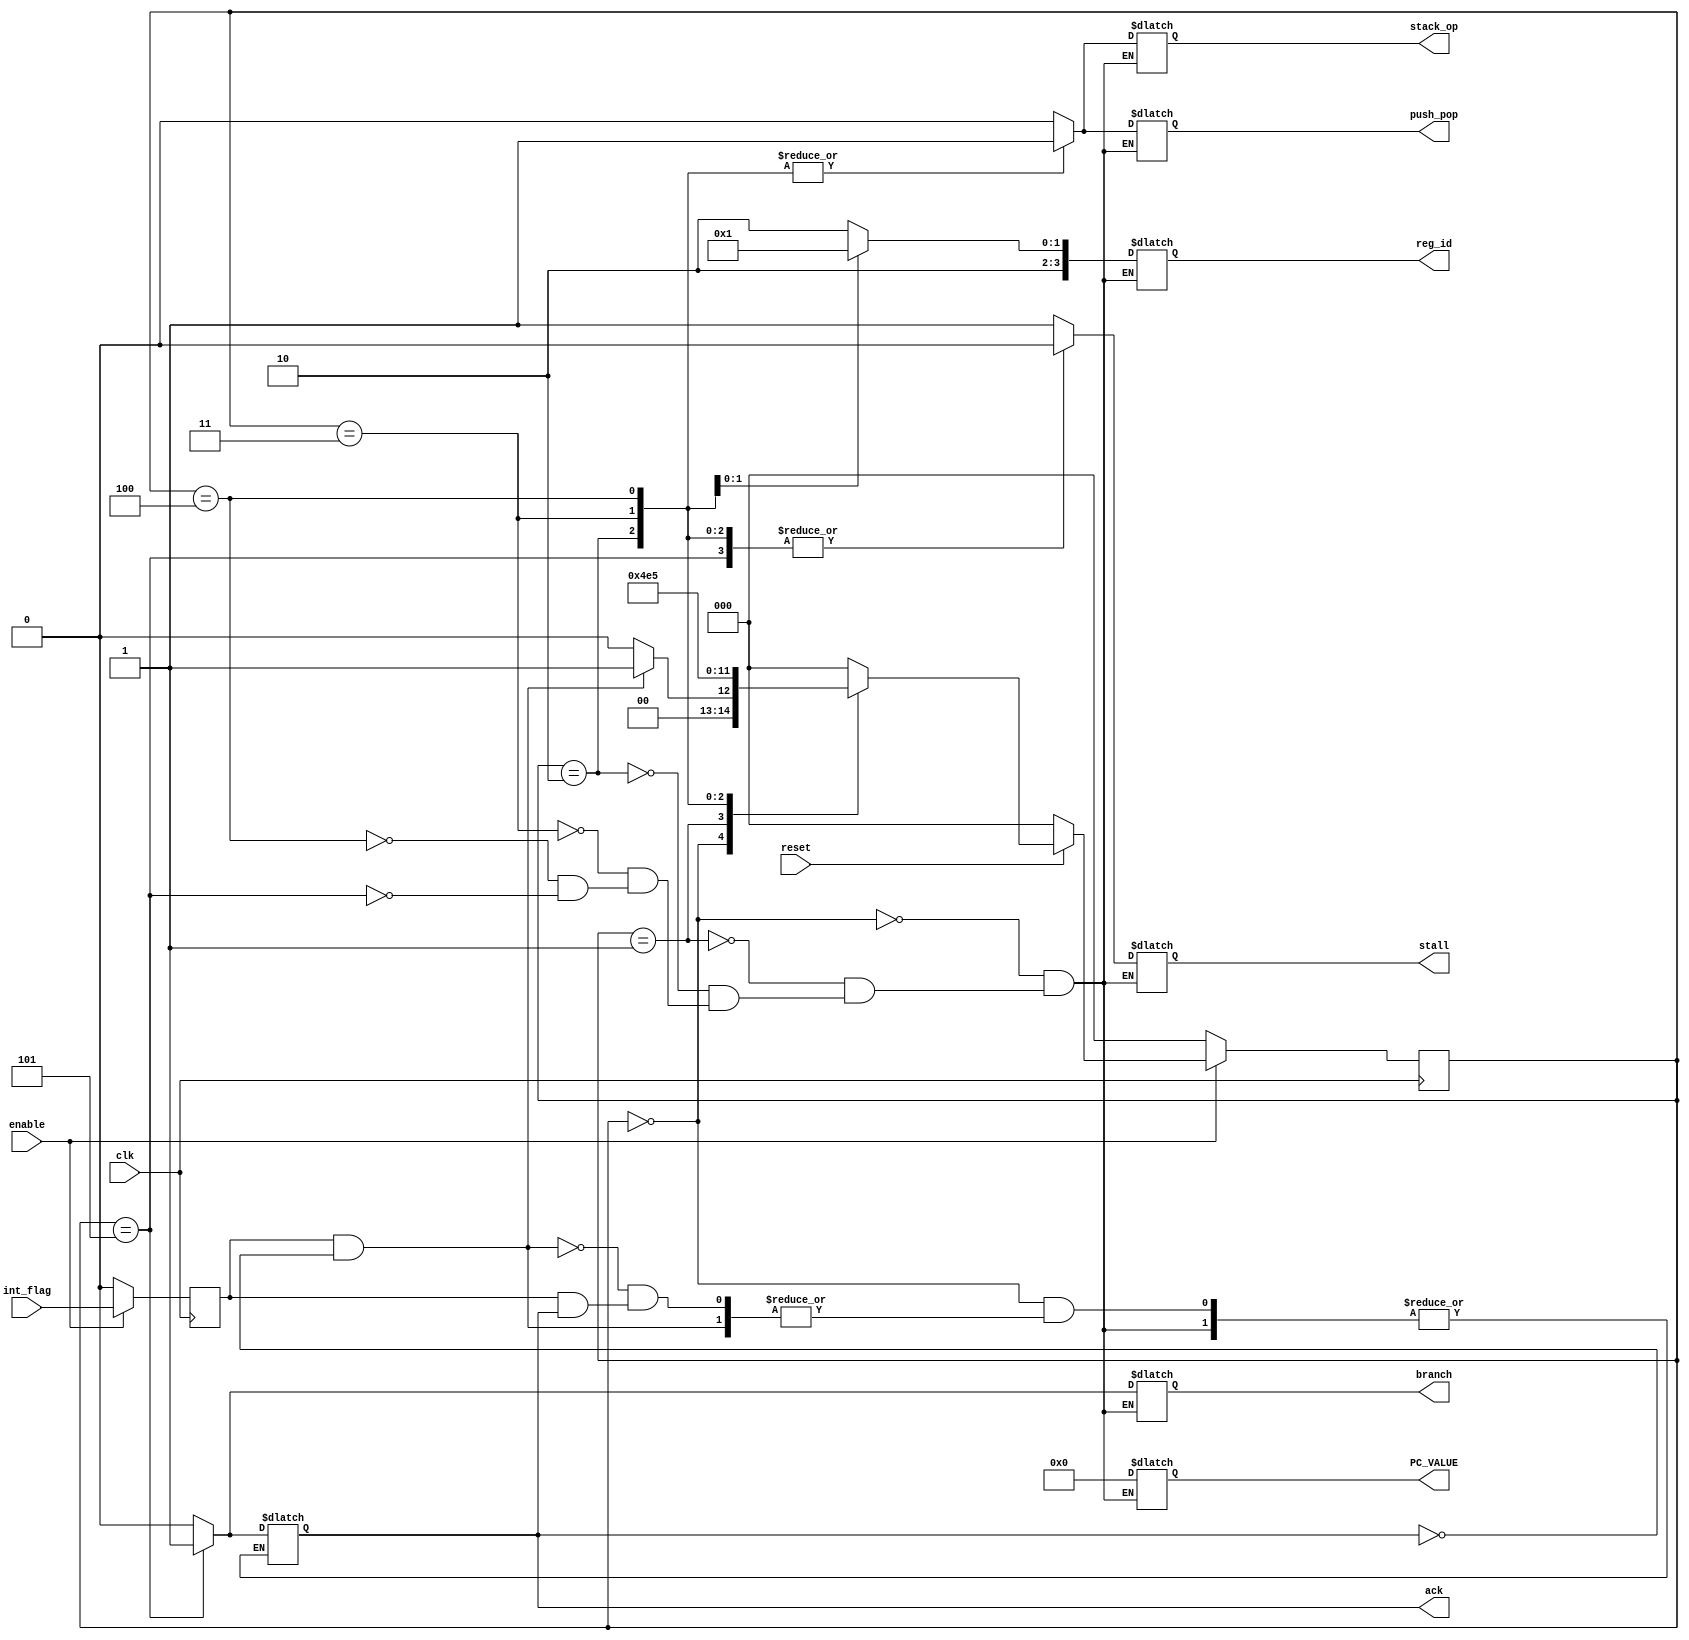
module ICU(int_flag, ack, stall, reg_id, stack_op, push_pop, branch, PC_VALUE, clk, enable, reset);

localparam NUM_STATES = 6;

localparam IDLE_STATE = 3'd0;
localparam STALL_1_STATE = 3'd1;
localparam PUSH_CCR_STATE = 3'd2;
localparam PUSH_PCL_STATE = 3'd3;
localparam PUSH_PCH_STATE = 3'd4;
localparam PC_CHANGE_STATE = 3'd5;

localparam PCL_ID = 8;
localparam PCH_ID = 9;
localparam CCR_ID = 10;

input int_flag;
output reg ack;
output reg stall;
output reg [3:0] reg_id;
output reg stack_op;
output reg push_pop;
output reg branch;
output reg [31:0] PC_VALUE;

input clk, enable, reset;

reg int_flag_signal;

reg [2:0] state_reg;
reg [2:0] state_next;

/* [TODO] The user must clear the interrupt flag once the ack is fired! */

always @(posedge clk)
    begin
        if (enable == 1)
            begin
                int_flag_signal <= int_flag;

                if (reset == 0)
                    begin
                        state_reg <= IDLE_STATE;
                    end
                else
                    begin
                        state_reg <= state_next;
                    end
            end
        else
            begin
                state_reg <= IDLE_STATE;
                int_flag_signal <= 0;
            end        
    end

always @(state_reg, int_flag_signal)
    begin
        case (state_reg)
            IDLE_STATE:
                begin
                    stall <= 1'bz;
                    stack_op <= 1'bz;
                    push_pop <= 1'bz;
                    branch <= 1'bz;
                    reg_id <= 4'bz;
                    PC_VALUE <= 32'bz;

                    if ((int_flag_signal == 1) && (ack == 0))       /* This is a new interrupt! */
                        begin
                            state_next <= STALL_1_STATE;
                        end
                    else if ((int_flag_signal == 1) && (ack == 1))  /* The user doesn't konw that ICU has already handled his interrupt! */
                        begin
                            state_next <= IDLE_STATE;
                        end
                    else /* The user realized that the interrupt is handled! */
                        begin
                            ack <= 0;
                            state_next <= IDLE_STATE;
                        end
                end
            STALL_1_STATE:
                begin
                    /* I need one stall until last instruction write back the last update of CCR */
                    ack <= 0;
                    stall <= 1;
                    stack_op <= 0;
                    push_pop <= 0;
                    branch <= 0;
                    reg_id = 4'bz;
                    PC_VALUE <= 32'bz;
                    state_next <= PUSH_CCR_STATE;
                end
            PUSH_CCR_STATE:
                begin
                    ack <= 0;
                    stall <= 0;
                    stack_op <= 1;
                    push_pop <= 1;
                    branch <= 0;
                    reg_id <= CCR_ID;
                    PC_VALUE <= 32'bz;
                    state_next <= PUSH_PCL_STATE;
                end
            PUSH_PCL_STATE:
                begin
                    ack <= 0;
                    stall <= 0;
                    stack_op <= 1;
                    push_pop <= 1;
                    branch <= 0;
                    reg_id <= PCL_ID;
                    PC_VALUE <= 32'bz;
                    state_next <= PUSH_PCH_STATE;
                end
            PUSH_PCH_STATE:
                begin
                    ack <= 0;
                    stall <= 0;
                    stack_op <= 1;
                    push_pop <= 1;
                    branch <= 0;
                    reg_id <= PCH_ID;
                    PC_VALUE <= 32'bz;
                    state_next <= PC_CHANGE_STATE;
                end
            PC_CHANGE_STATE:
                begin
                    ack <= 1;
                    stall <= 0;
                    stack_op <= 0;
                    push_pop <= 0;
                    branch <= 1;
                    reg_id <= 4'bz;
                    PC_VALUE <= 32'b0;
                    state_next <= IDLE_STATE;
                end
            default:
                begin
                    state_next <= IDLE_STATE;
                end
        endcase
    end

endmodule